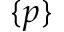
\{ p \}